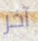
آخر